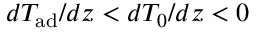
d T _ { \mathrm { a d } } / d z < d T _ { 0 } / d z < 0